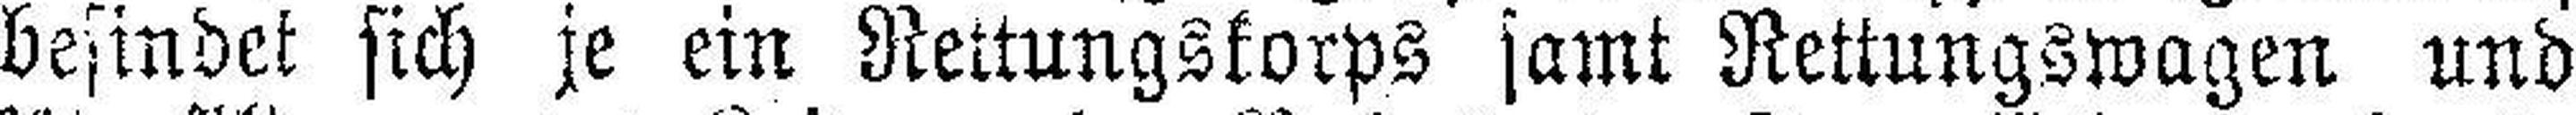
befindet sich je ein Rettungskorps samt Rettungswagen und